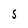
Character: S